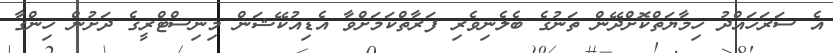
އެ ސަރަހައްދު ހިމާޔަތްކޮށްދޭން ތަނުގެ ބެލެނިވެރި ފަރާތްކަމަށްވާ އެޑިއުކޭޝަން މިނިސްޓްރީގެ ދަށުން ހިންގާ